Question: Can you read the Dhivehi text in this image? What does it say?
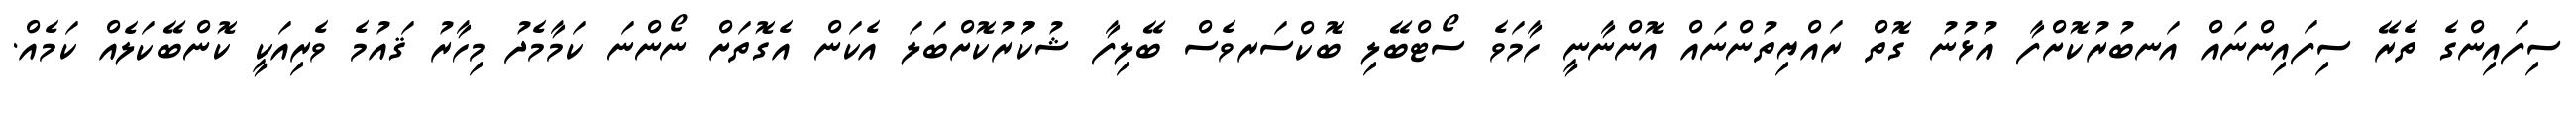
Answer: ސިފައިންގެ ތެރޭ ސިފައިންނައް އަނބުރުކޮށްފާ އުޅުނު ގޮތް ރައްޔިތުންނައް އޮންނާނީ ހާމަވެ ސޯޓްބޭލި ބޮކްސަރވެސް ބޭލިފާ ޝުކުުރުކޮށްބަލަ އެކަން އެގޮތަށް ނޯންނަ ކަމާމެދު މިހާރު ޤައުމެ ވެރިއަކީ ކޮންބޭކަލެއް ކަމެއް.